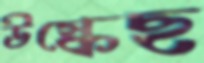
উস্‌কেছ